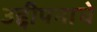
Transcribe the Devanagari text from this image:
उद्दीपनाचे